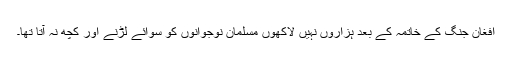
افغان جنگ کے خاتمہ کے بعد ہزاروں نہیں لاکھوں مسلمان نوجوانوں کو سوائے لڑنے اور کچھ نہ آتا تھا۔